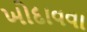
ખોદાવવા